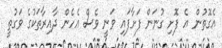
އެގޮތުން އެ ފޮށި ގުނަން ފަށާފައި ވަނީ ވެސް އެހެން ދާއިރާތަކުގެ ވަގުތީ